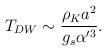
LaTeX: \begin{align*}T_{DW} \sim \frac{\rho_K a^2}{g_s\alpha'^3}.\end{align*}